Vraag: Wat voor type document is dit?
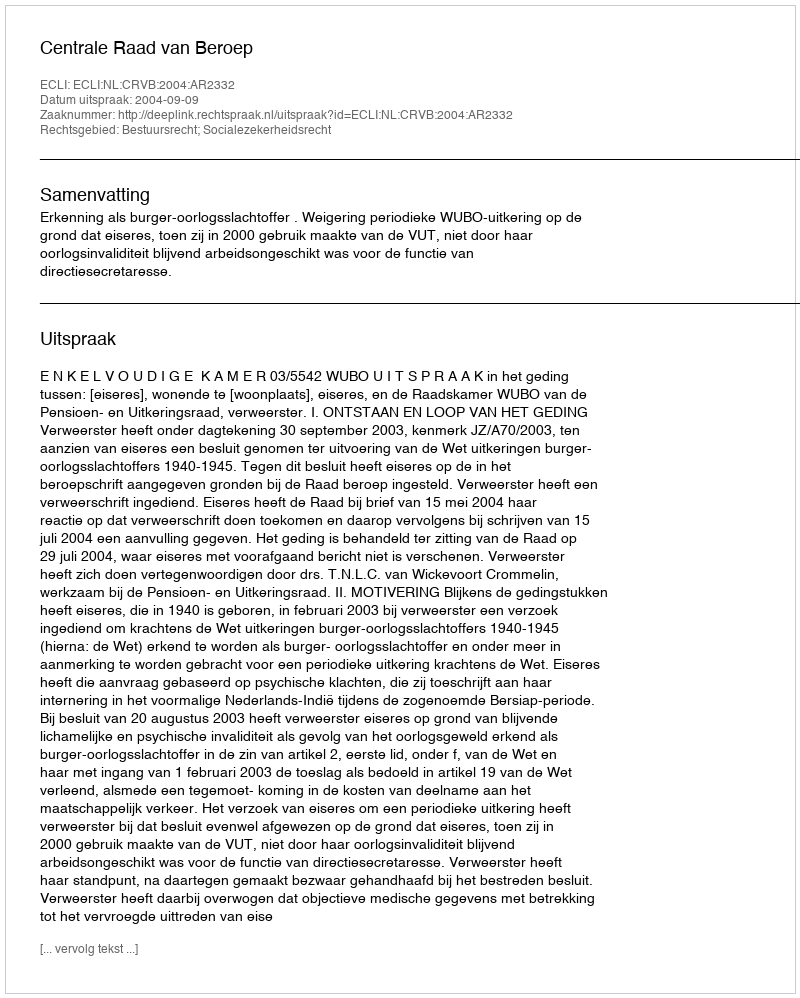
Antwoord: Uitspraak